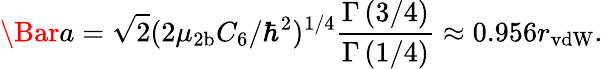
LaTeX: \Bar{a}=\sqrt{2}(2\mu_{\mathrm{2b}}C_{6}/\hbar^{2})^{1/4}\frac{\Gamma\left(3/4\right)}{\Gamma\left(1/4\right)}\approx 0.956r_{\mathrm{vdW}}.